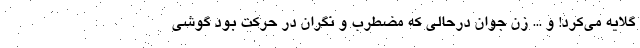
گلایه می‌کرد! و ... زن جوان درحالی که مضطرب و نگران در حرکت بود گوشی